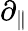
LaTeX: \partial_{\| }